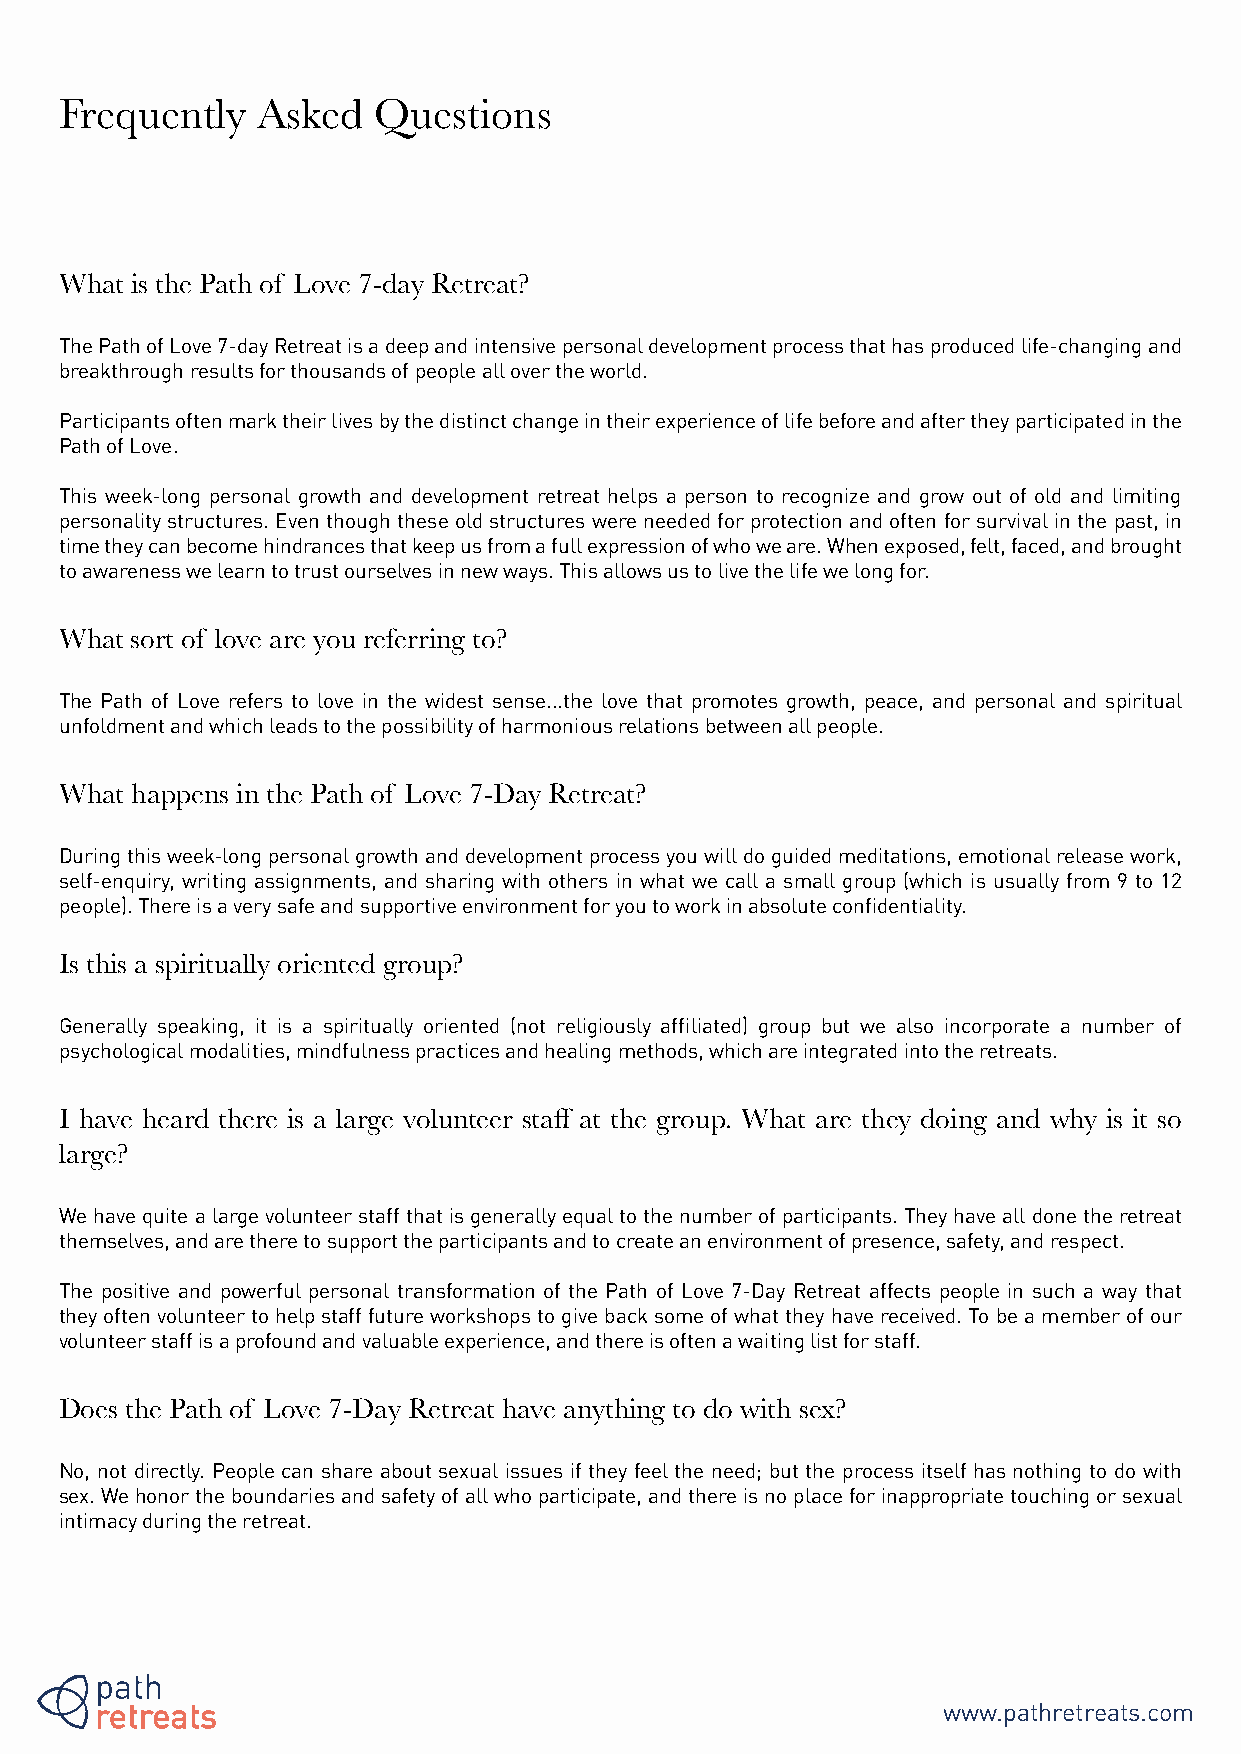
Frequently   Asked   Questions
 What is the Path of Love 7-day Retreat?
 The Path of Love 7-day Retreat is a deep and intensive personal development process that has produced life-changing and
 breakthrough results for thousands of people all over the world.
 Participants often mark their lives by the distinct change in their experience of life before and after they participated in the
 Path of Love.
 This week-long personal growth and development retreat helps a person to recognize and grow out of old and limiting
 personality structures. Even though these old structures were needed for protection and often for survival in the past, in
 time they can become hindrances that keep us from a full expression of who we are. When exposed, felt, faced, and brought
 to awareness we learn to trust ourselves in new ways. This allows us to live the life we long for.
 What sort of love are you referring to?
 The Path of Love refers to love in the widest sense...the love that promotes growth, peace, and personal and spiritual
 unfoldment and which leads to the possibility of harmonious relations between all people.
 What happens in the Path of Love 7-Day Retreat?
 During this week-long personal growth and development process you will do guided meditations, emotional release work,
 self-enquiry, writing assignments, and sharing with others in what we call a small group (which is usually from 9 to 12
 people). There is a very safe and supportive environment for you to work in absolute confidentiality.
 Is this a spiritually oriented group?
 Generally speaking, it is a spiritually oriented (not religiously affiliated) group but we also incorporate a number of
 psychological modalities, mindfulness practices and healing methods, which are integrated into the retreats.
 I have heard there is a large volunteer staff at the group. What are they doing and why is it so
 large?
 We have quite a large volunteer staff that is generally equal to the number of participants. They have all done the retreat
 themselves, and are there to support the participants and to create an environment of presence, safety, and respect.
 The positive and powerful personal transformation of the Path of Love 7-Day Retreat affects people in such a way that
 they often volunteer to help staff future workshops to give back some of what they have received. To be a member of our
 volunteer staff is a profound and valuable experience, and there is often a waiting list for staff.
 Does the Path of Love 7-Day Retreat have anything to do with sex?
 No, not directly. People can share about sexual issues if they feel the need; but the process itself has nothing to do with
 sex. We honor the boundaries and safety of all who participate, and there is no place for inappropriate touching or sexual
 intimacy during the retreat.
 www.pathretreats.com